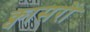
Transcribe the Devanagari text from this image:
क्वासरों